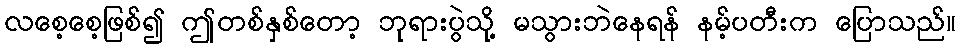
လစေ့စေ့ဖြစ်၍ ဤတစ်နှစ်တော့ ဘုရားပွဲသို့ မသွားဘဲနေရန် နမ့်ပတီးက ပြောသည်။